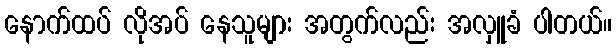
နောက်ထပ် လိုအပ် နေသူများ အတွက်လည်း အလှူခံ ပါတယ်။